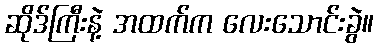
ဆိုဒ်ကြီးနဲ့ အထက်က လေးသောင်းခွဲ။